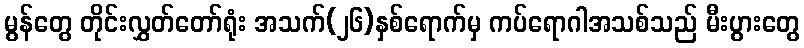
မွန်တွေ တိုင်းလွှတ်တော်ရုံး အသက်(၂၆)နှစ်ရောက်မှ ကပ်ရောဂါအသစ်သည် မီးပွားတွေ